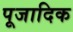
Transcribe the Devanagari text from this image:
पूजादिक